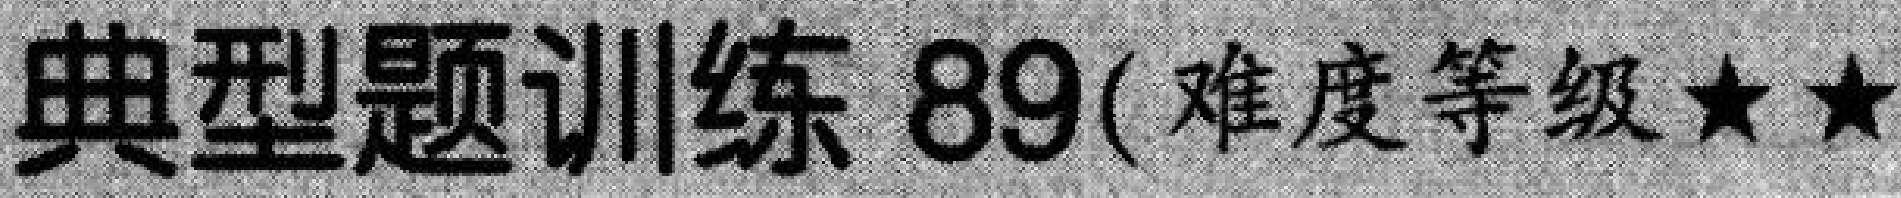
典型题训练 89(难度等级★★)